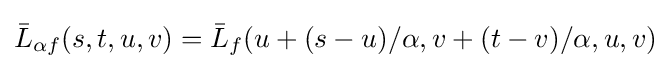
{\bar {L}}_{\alpha f}(s,t,u,v)={\bar {L}}_{f}(u+(s-u)/\alpha ,v+(t-v)/\alpha ,u,v)